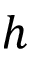
\boldsymbol { h }